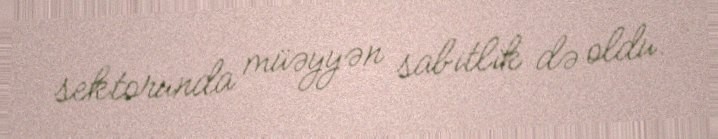
sektorunda müəyyən sabitlik də oldu.